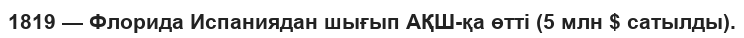
1819 — Флорида Испаниядан шығып АҚШ-қа өтті (5 млн $ сатылды).